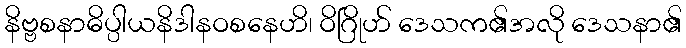
နိဗ္ဗစနာဓိပ္ပါယနိဒါနဝစနေဟိ၊ ဝိဂြိုဟ် ဒေသက၏အလို ဒေသနာ၏